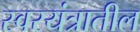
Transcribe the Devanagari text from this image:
स्वरयंत्रातील